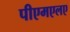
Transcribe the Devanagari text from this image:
पीएमएलए